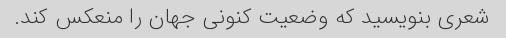
شعری بنویسید که وضعیت کنونی جهان را منعکس کند.